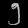
Digit: ၅